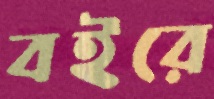
বইরে